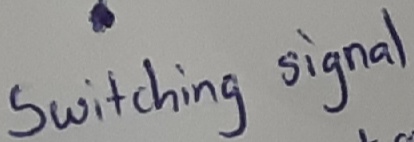
Text: Switching signal